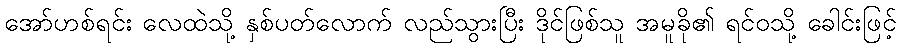
အော်ဟစ်ရင်း လေထဲသို့ နှစ်ပတ်လောက် လည်သွားပြီး ဒိုင်ဖြစ်သူ အမူခို၏ ရင်ဝသို့ ခေါင်းဖြင့်